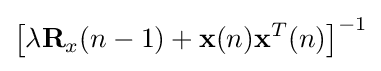
\left[\lambda \mathbf {R} _{x}(n-1)+\mathbf {x} (n)\mathbf {x} ^{T}(n)\right]^{-1}